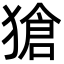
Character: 獊